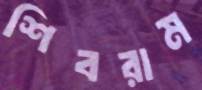
শিবরাম